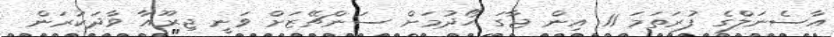
އާސެނަލްގެ ފުރަތަމަ 11 އިން ޖާގަ ހޯދުމަށް ސަންޗޭޒަށް ވަނީ ޖިރޫއާ ވާދަކުރަން